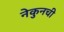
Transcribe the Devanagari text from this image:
नेकुनची